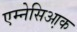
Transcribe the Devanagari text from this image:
एम्नेसिआ़क